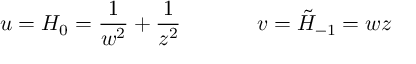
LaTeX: u = H _ { 0 } = \frac { 1 } { w ^ { 2 } } + \frac { 1 } { z ^ { 2 } } \, \, \, \, \, \, \, \, \, \, \, \, \, \, \, \, \, \, \, \, \, v = \tilde { H } _ { - 1 } = w z